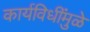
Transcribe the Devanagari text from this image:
कार्यविधींमुळे